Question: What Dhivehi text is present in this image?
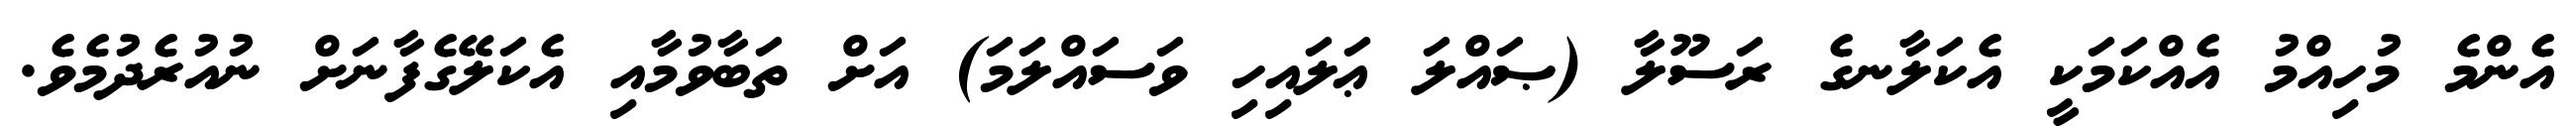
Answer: އެންމެ މުހިއްމު އެއްކަމަކީ އެކަލާނގެ ރަސޫލާ (ޞައްލަ ޢަލައިހި ވަސައްލަމަ) އަށް ތަބާވުމާއި އެކަލޭގެފާނަށް ނުއުރެދުމެވެ.